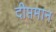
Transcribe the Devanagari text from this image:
दीप्तमान